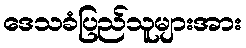
ဒေသခံပြည်သူများအား